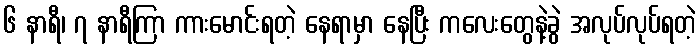
၆ နာရီ၊ ၇ နာရီကြာ ကားမောင်းရတဲ့ နေရာမှာ နေပြီး ကလေးတွေနဲ့ခွဲ အလုပ်လုပ်ရတဲ့